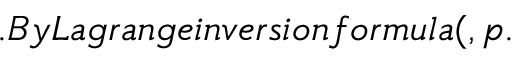
. B y L a g r a n g e i n v e r s i o n f o r m u l a ( , p .